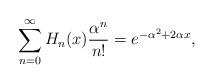
LaTeX: \begin{align*}\sum_{n=0}^{\infty }H_{n}(x)\frac{\alpha ^{n}}{n!}=e^{-\alpha ^{2}+2\alpha x},\end{align*}